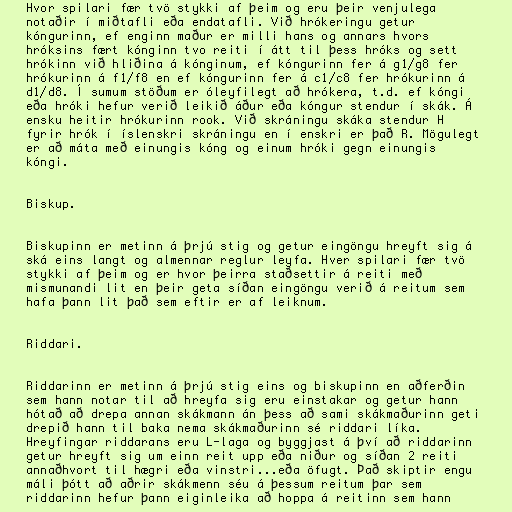
Hvor spilari fær tvö stykki af þeim og eru þeir venjulega
notaðir í miðtafli eða endatafli. Við hrókeringu getur
kóngurinn, ef enginn maður er milli hans og annars hvors
hróksins fært kónginn tvo reiti í átt til þess hróks og sett
hrókinn við hliðina á kónginum, ef kóngurinn fer á g1/g8 fer
hrókurinn á f1/f8 en ef kóngurinn fer á c1/c8 fer hrókurinn á
d1/d8. Í sumum stöðum er óleyfilegt að hrókera, t.d. ef kóngi
eða hróki hefur verið leikið áður eða kóngur stendur í skák. Á
ensku heitir hrókurinn rook. Við skráningu skáka stendur H
fyrir hrók í íslenskri skráningu en í enskri er það R. Mögulegt
er að máta með einungis kóng og einum hróki gegn einungis
kóngi.

Biskup.

Biskupinn er metinn á þrjú stig og getur eingöngu hreyft sig á
ská eins langt og almennar reglur leyfa. Hver spilari fær tvö
stykki af þeim og er hvor þeirra staðsettir á reiti með
mismunandi lit en þeir geta síðan eingöngu verið á reitum sem
hafa þann lit það sem eftir er af leiknum.

Riddari.

Riddarinn er metinn á þrjú stig eins og biskupinn en aðferðin
sem hann notar til að hreyfa sig eru einstakar og getur hann
hótað að drepa annan skákmann án þess að sami skákmaðurinn geti
drepið hann til baka nema skákmaðurinn sé riddari líka.
Hreyfingar riddarans eru L-laga og byggjast á því að riddarinn
getur hreyft sig um einn reit upp eða niður og síðan 2 reiti
annaðhvort til hægri eða vinstri...eða öfugt. Það skiptir engu
máli þótt að aðrir skákmenn séu á þessum reitum þar sem
riddarinn hefur þann eiginleika að hoppa á reitinn sem hann